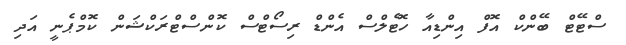
ސްޓޭޓް ބޭންކް އޮފް އިންޑިއާ ހޮޓެލްސް އެންޑް ރިސޯޓްސް ކޮންސްޓްރަކްޝަން ކޮމްޕެނީ އަދި